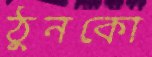
ঠুনকো